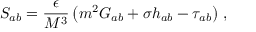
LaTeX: S _ { a b } = { \frac { \epsilon } { M ^ { 3 } } } \left( m ^ { 2 } G _ { a b } + \sigma h _ { a b } - \tau _ { a b } \right) \, ,